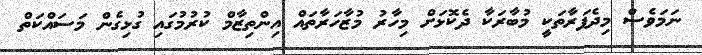
ނަމަވެސް މިދެފަރާތަކީ މުބާރަކާ ދެކޮޅަށް މިހާރު މުޒާހަރާތައް އިންތިޒާމް ކުރުމުގައި ގުޅިގެން މަސައްކަތް